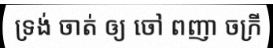
ទ្រង់ ចាត់ ឲ្យ ចៅ ពញា ចក្រី